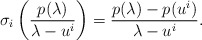
\begin{align*}\sigma_i\left( \frac{p(\lambda)}{\lambda- u^i} \right) = \frac{p(\lambda) - p(u^i) }{\lambda-u^i} .\end{align*}